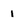
Character: i